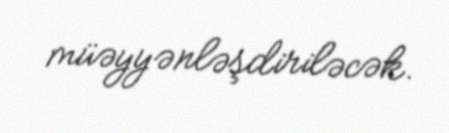
müəyyənləşdiriləcək.